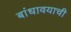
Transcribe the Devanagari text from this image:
बांधावयाची